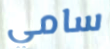
سامي